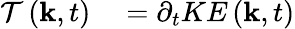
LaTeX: \begin{array}{rl}{\mathcal{T}\left(\mathbf{k},t\right)}&{{}=\partial_{t}KE\left(\mathbf{k},t\right)}\end{array}